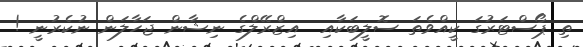
ތި ޕޯސްޓަރުގަ ކީއްވެތަ ސޮލީބަކާއި  އިޒްރޭލްގެ ނިޝާން ޖަހާލަން ނުކެރުނީ !